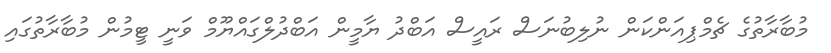
މުބާރާތުގެ ޗެމްޕިއަންކަން ނުލިބުނަސް ރައީސް އަބްދު ޔާމީން އަބްދުލްގައްޔޫމް ވަނީ ޓީމުން މުބާރާތުގައި